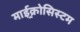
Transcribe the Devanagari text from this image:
माईक्र्रोसिस्टम